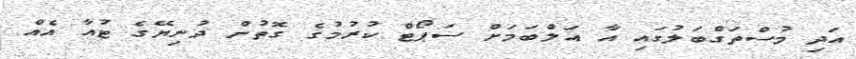
އަދި މުސްތަގްބަލުގައި އާ އަލްބަމަށް ސަޕޯޓް ކުރުމުގެ ގޮތުން ދުނިޔޭގެ ޓުއާ އެއް